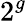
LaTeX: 2^{g}